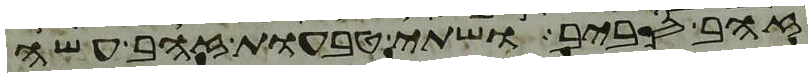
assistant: זהב סביב ושתי טבעות זהב עשה